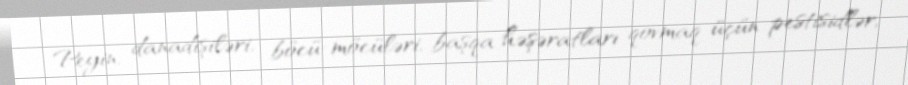
Peyin, danadişiləri, böcü-möcüləri, başqa həşəratları qovmaq üçün pestisidlər,